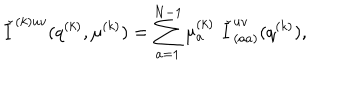
LaTeX: { \check { I } } ^ { ( k ) u v } ( q ^ { ( k ) } , \mu ^ { ( k ) } ) = \sum _ { a = 1 } ^ { N - 1 } \mu _ { a } ^ { ( k ) } \, \, { \check { I } } _ { ( a a ) } ^ { u v } ( q ^ { ( k ) } ) ,